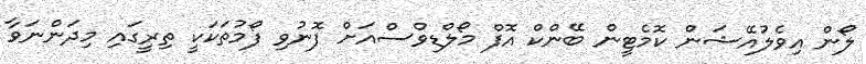
ލޯން އިވެލުއޭޝަން ކޮމެޓީން ބޭންކް އޮފް މޯލްޑިވްސްއަށް ފޮނުވި ފޯމުތަކަކީ ތިރީގައި މިދަންނަވާ